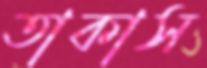
তাকাস